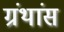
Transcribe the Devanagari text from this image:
ग्रंथांस